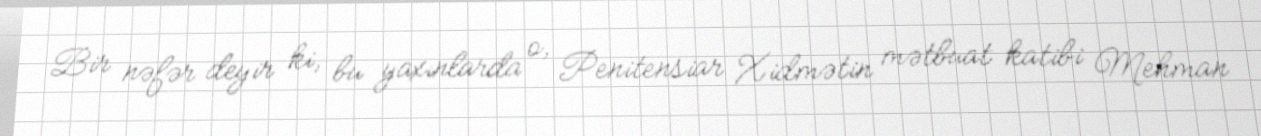
Bir nəfər deyir ki, bu yaxınlarda o, Penitensiar Xidmətin mətbuat katibi Mehman